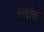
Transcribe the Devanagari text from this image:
श्लॉक